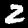
Label: 2